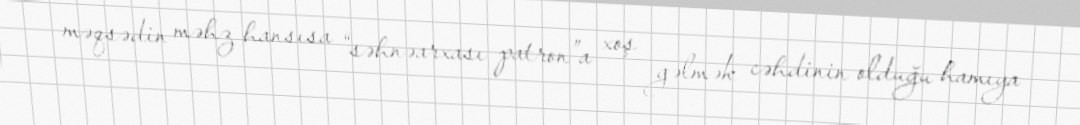
məqsədin məhz hansısa “səhnəarxası patron”a xoş gəlmək cəhdinin olduğu hamıya